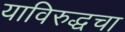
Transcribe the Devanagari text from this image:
याविरुद्धचा